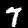
Label: 7